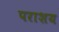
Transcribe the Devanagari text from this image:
पराशय